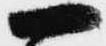
一